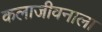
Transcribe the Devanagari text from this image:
कलाजीवनाला